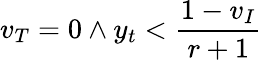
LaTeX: v_{T}=0\land y_{t}<\frac{1-v_{I}}{r+1}